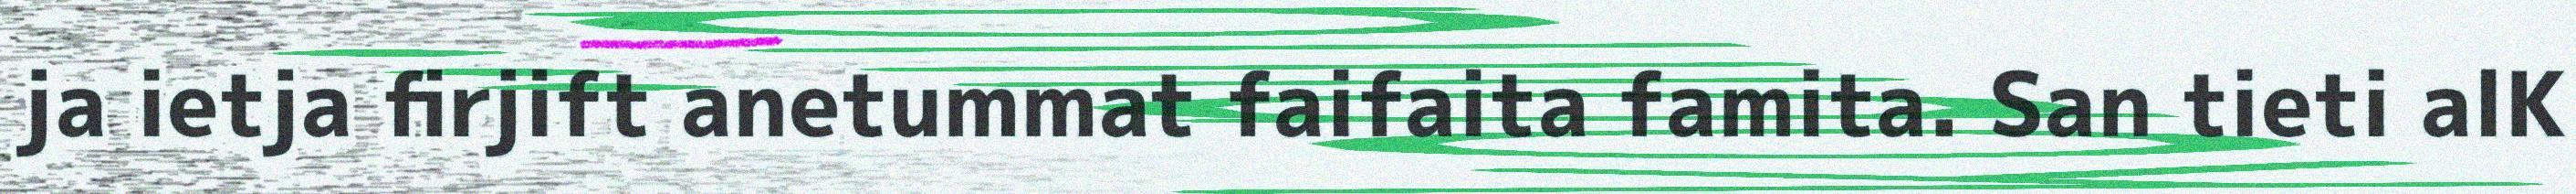
ja ietja firjift anetummat faifaita famita. San tieti alK